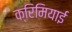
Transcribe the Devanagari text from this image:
क्रिमियाई